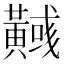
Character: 𪏞